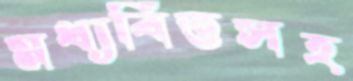
মধ্যবিত্তসহ